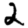
Digit: 2